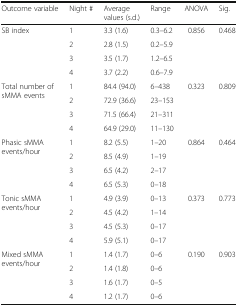
| Outcome variable | Night # | Average values (s.d.) | Range | ANOVA | Sig. |
 | --- | --- | --- | --- | --- | --- |
 | <ROWSPAN=4> SB index | 1 | 3.3 (1.6) | 0.3–6.2 | <ROWSPAN=4> 0.856 | <ROWSPAN=4> 0.468 |
 | 2 | 2.8 (1.5) | 0.2–5.9 |
 | 3 | 3.5 (1.7) | 1.2–6.5 |
 | 4 | 3.7 (2.2) | 0.6–7.9 |
 | <ROWSPAN=4> Total number of sMMA events | 1 | 84.4 (94.0) | 6–438 | <ROWSPAN=4> 0.323 | <ROWSPAN=4> 0.809 |
 | 2 | 72.9 (36.6) | 23–153 |
 | 3 | 71.5 (66.4) | 21–311 |
 | 4 | 64.9 (29.0) | 11–130 |
 | <ROWSPAN=4> Phasic sMMA events/hour | 1 | 8.2 (5.5) | 1–20 | <ROWSPAN=4> 0.864 | <ROWSPAN=4> 0.464 |
 | 2 | 8.5 (4.9) | 1–19 |
 | 3 | 6.5 (4.2) | 2–17 |
 | 4 | 6.5 (5.3) | 0–18 |
 | <ROWSPAN=4> Tonic sMMA events/hour | 1 | 4.9 (3.9) | 0–13 | <ROWSPAN=4> 0.373 | <ROWSPAN=4> 0.773 |
 | 2 | 4.5 (4.2) | 1–14 |
 | 3 | 4.5 (5.3) | 0–17 |
 | 4 | 5.9 (5.1) | 0–17 |
 | <ROWSPAN=4> Mixed sMMA events/hour | 1 | 1.4 (1.7) | 0–6 | <ROWSPAN=4> 0.190 | <ROWSPAN=4> 0.903 |
 | 2 | 1.4 (1.8) | 0–6 |
 | 3 | 1.6 (1.7) | 0–5 |
 | 4 | 1.2 (1.7) | 0–6 |